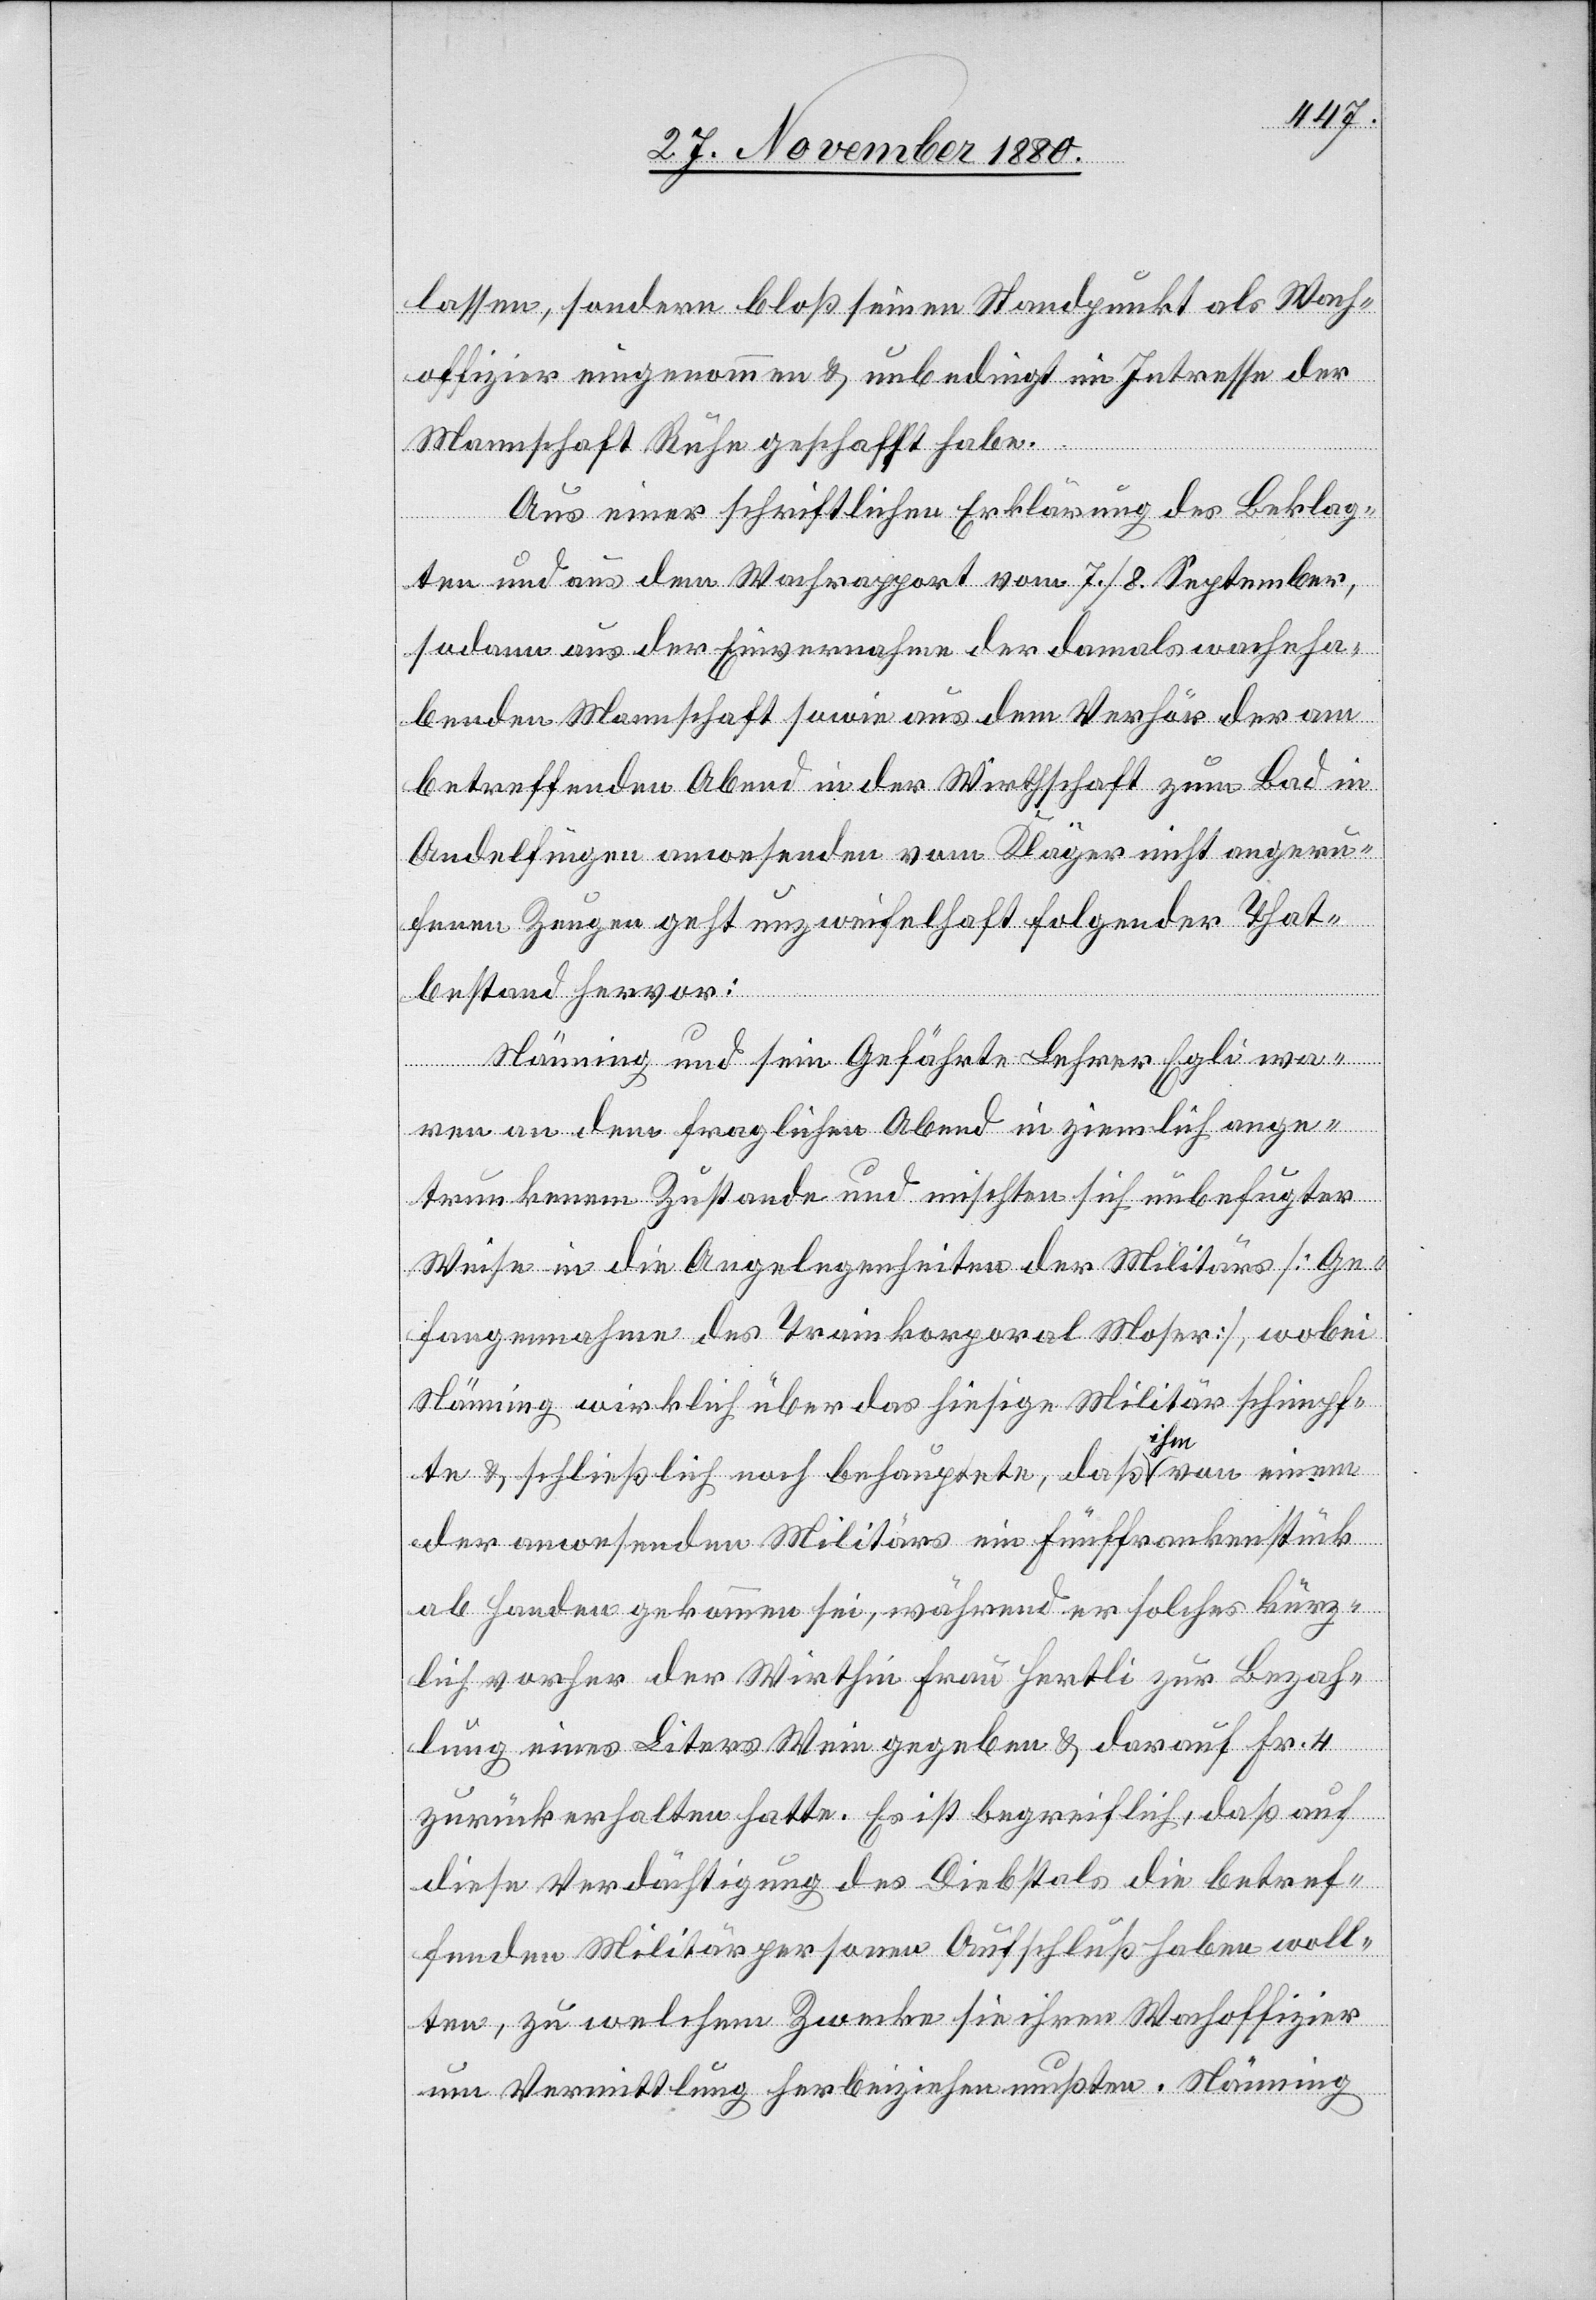
lassen, sondern bloß seinen Standpunkt als Wach¬
offizier eingenommen & unbedingt im Interesse der
Mannschaft Ruhe geschafft habe.
Aus einer schriftlichen Erklärung des Beklag¬
ten und aus dem Wachrapport vom 7./8. September
sodann aus der Einvernahme der damals wacheha¬
benden Mannschaft sowie aus dem Verhör der am
betreffenden Abend in der Wirthschaft zum Bad in
Andelfingen anwesenden vom Kläger nicht angeru¬
fenen Zeugen geht unzweifelhaft folgender That¬
bestand hervor:
Nänning und sein Gefährte Lehrer Egli wa¬
ren an dem fraglichen Abend in ziemlich ange¬
trunkenem Zustande und mischten sich unbefugter
Weise in die Angelegenheiten der Militärs [Ge¬
fangennahme des Trainkorporal Moser], wobei
Nänning wirklich über das hiesige Militär schimpf¬
te & schließlich noch behauptete, daß ihm von einem
der anwesenden Militärs ein Fünffrankenstück
abhanden gekommen sei, während er solches kürz¬
lich vorher der Wirthin Frau Hertli zur Bezah¬
lung eines Liters Wein gegeben & darauf Fr. 4
zurückerhalten hatte. Es ist begreiflich, daß auf
diese Verdächtigung des Diebstals die betref¬
fenden Militärpersonen Aufschluß haben woll¬
ten, zu welchem Zwecke sie ihren Wachoffizier
um Vermittlung herbeiziehen mußten. Nänning